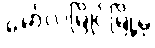
မော်လမြိုင်မြို့မှ